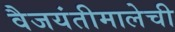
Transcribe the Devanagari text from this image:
वैजयंतीमालेची